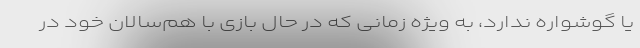
یا گوشواره ندارد، به ویژه زمانی که در حال بازی با هم‌سالان خود در